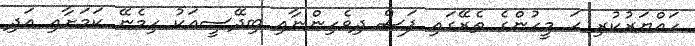
ހައްޔަރުކުރި ހަ މިީހުންގެ ތެރޭގައި ފަސް ދިވެހިންނާއި ބިދޭސީއަކު ހިމެނޭ ކަަމަށާއި އަދި